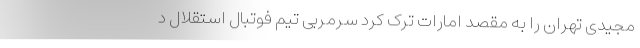
مجیدی تهران را به مقصد امارات ترک کرد سرمربی تیم فوتبال استقلال د